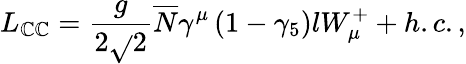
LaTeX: L_{\mathbb{C}\mathbb{C}}=\frac{g}{{2\sqrt{}{{2}}}}\overline{{{{N}}}}\gamma^{\mu}\left(1-\gamma_{5}\right)lW_{\mu}^{+}+h.c.,